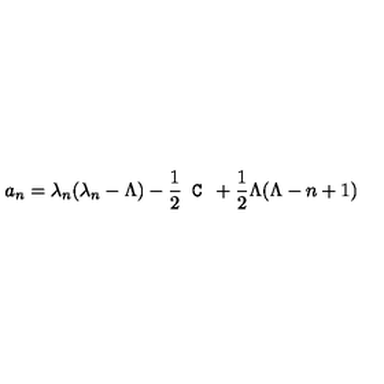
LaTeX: a _ { n } = \lambda _ { n } ( \lambda _ { n } - \Lambda ) - \frac 1 2 \texttt { C } + \frac 1 2 \Lambda ( \Lambda - n + 1 )